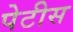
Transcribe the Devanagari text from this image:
पेटीस